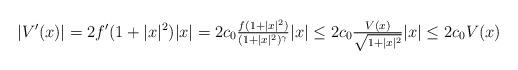
LaTeX: \begin{align*}|{V}'(x)| = 2 f'(1 + |x|^2) |x|=2 c_0 \tfrac{f(1 + |x|^{2})}{(1 + |x|^2)^\gamma } |x|\le 2 c_0 \tfrac{{V}(x)}{\sqrt{ 1 + |x|^2} }| x| \le 2c_0 V(x)\end{align*}